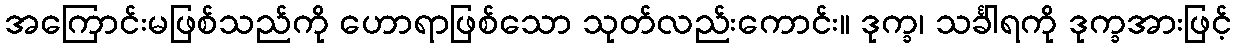
အကြောင်းမဖြစ်သည်ကို ဟောရာဖြစ်သော သုတ်လည်းကောင်း။ ဒုက္ခ၊ သင်္ခါရကို ဒုက္ခအားဖြင့်